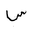
Letter: _sin